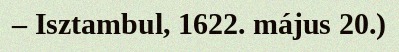
– Isztambul, 1622. május 20.)